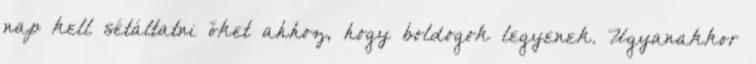
nap kell sétáltatni őket ahhoz, hogy boldogok legyenek. Ugyanakkor